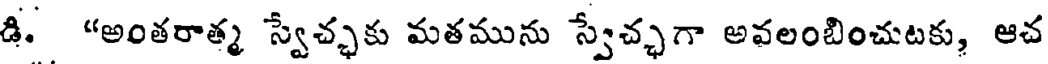
డి. "అంతరాత్మ స్వేచ్ఛకు మతమును స్వేచ్ఛగా అవలంబించుటకు, ఆచ